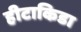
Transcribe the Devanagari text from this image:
हीटाकिडा